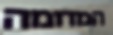
המדומה